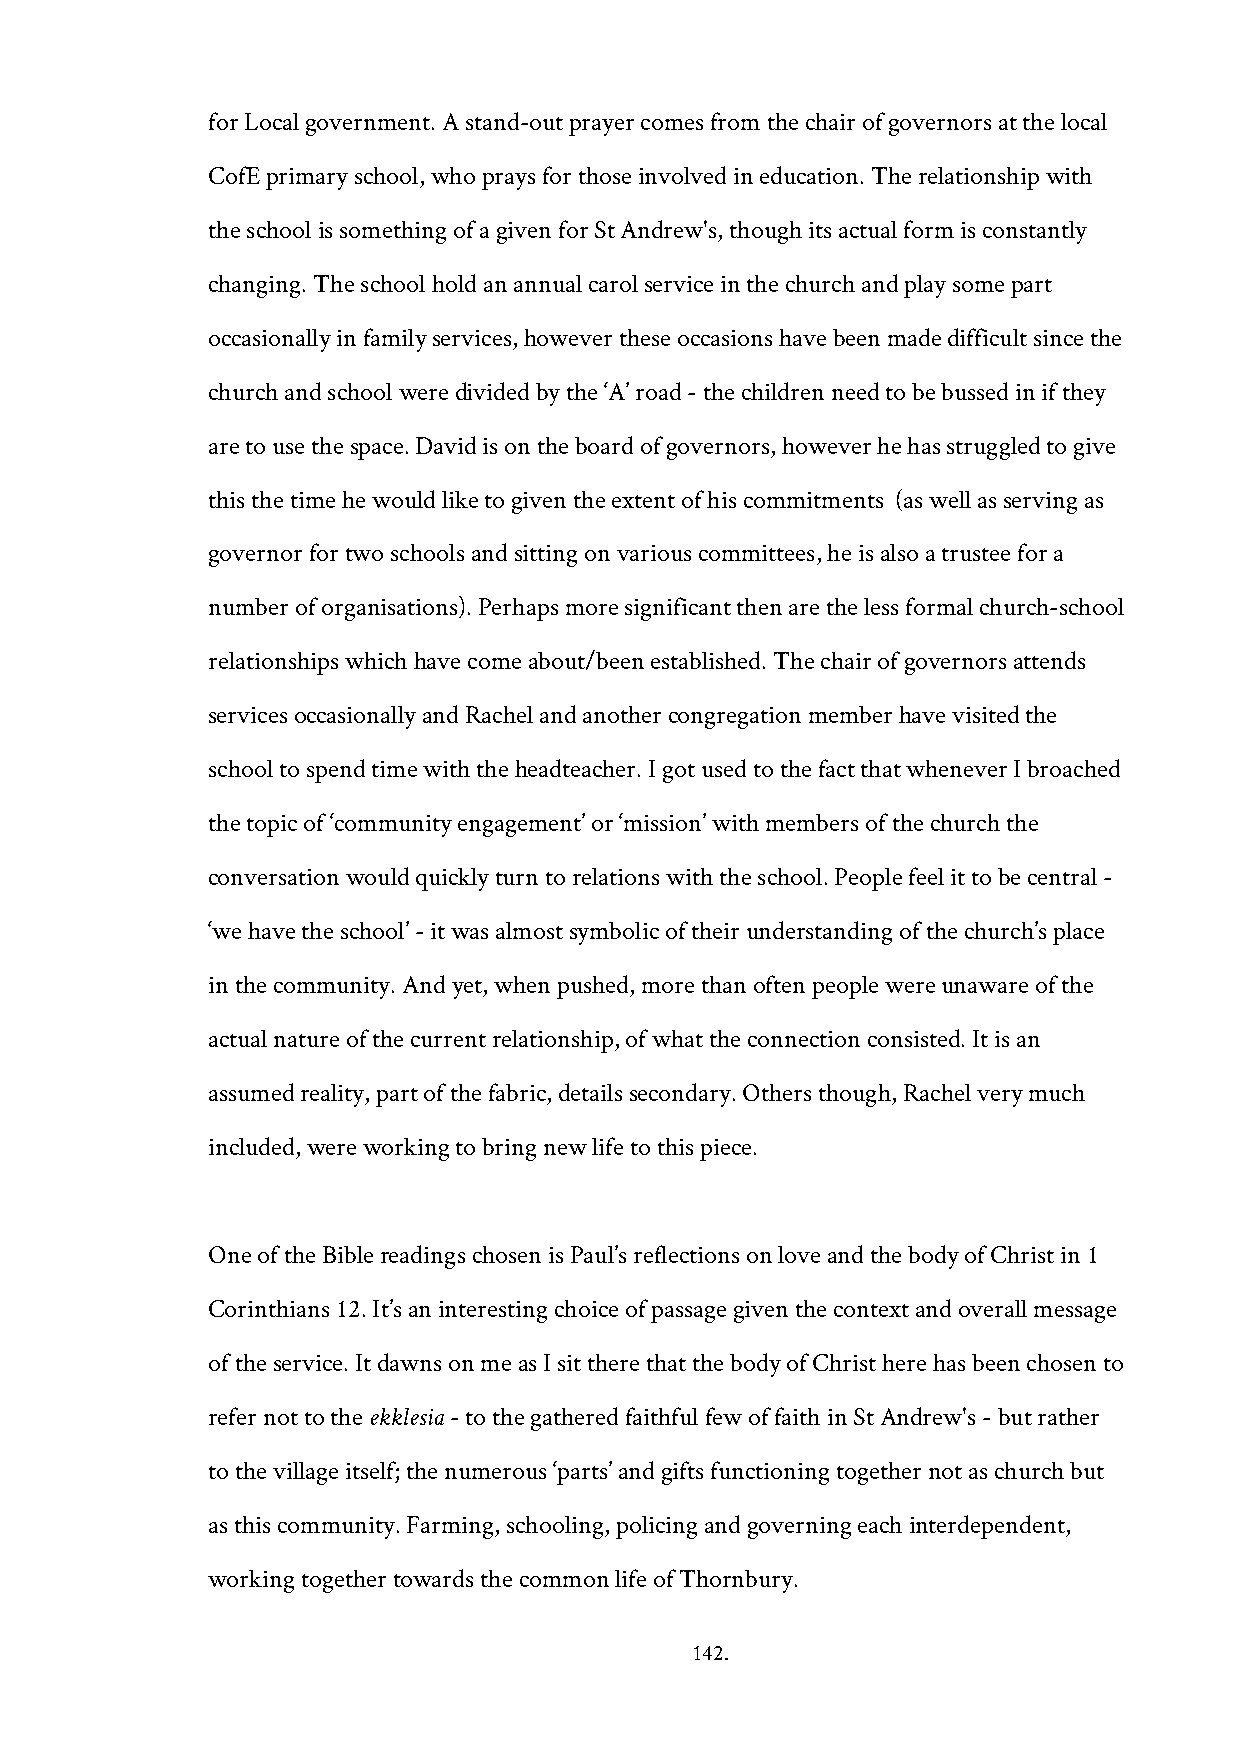
for Local government. A stand-out prayer comes from the chair of governors at the local
 CofE primary school, who prays for those involved in education. The relationship with
 the school is something of a given for St Andrew's, though its actual form is constantly
 changing. The school hold an annual carol service in the church and play some part
 occasionally in family services, however these occasions have been made difficult since the
 church and school were divided by the ‘A’ road - the children need to be bussed in if they
 are to use the space. David is on the board of governors, however he has struggled to give
 this the time he would like to given the extent of his commitments (as well as serving as
 governor for two schools and sitting on various committees, he is also a trustee for a
 number of organisations). Perhaps more significant then are the less formal church-school
 relationships which have come about/been established. The chair of governors attends
 services occasionally and Rachel and another congregation member have visited the
 school to spend time with the headteacher. I got used to the fact that whenever I broached
 the topic of ‘community engagement’ or ‘mission’ with members of the church the
 conversation would quickly turn to relations with the school. People feel it to be central -
 ‘we have the school’ - it was almost symbolic of their understanding of the church’s place
 in the community. And yet, when pushed, more than often people were unaware of the
 actual nature of the current relationship, of what the connection consisted. It is an
 assumed reality, part of the fabric, details secondary. Others though, Rachel very much
 included, were working to bring new life to this piece.
 One of the Bible readings chosen is Paul’s reflections on love and the body of Christ in 1
 Corinthians 12. It’s an interesting choice of passage given the context and overall message
 of the service. It dawns on me as I sit there that the body of Christ here has been chosen to
 refer not to the ekklesia - to the gathered faithful few of faith in St Andrew's - but rather
 to the village itself; the numerous ‘parts’ and gifts functioning together not as church but
 as this community. Farming, schooling, policing and governing each interdependent,
 working together towards the common life of Thornbury.
 142.